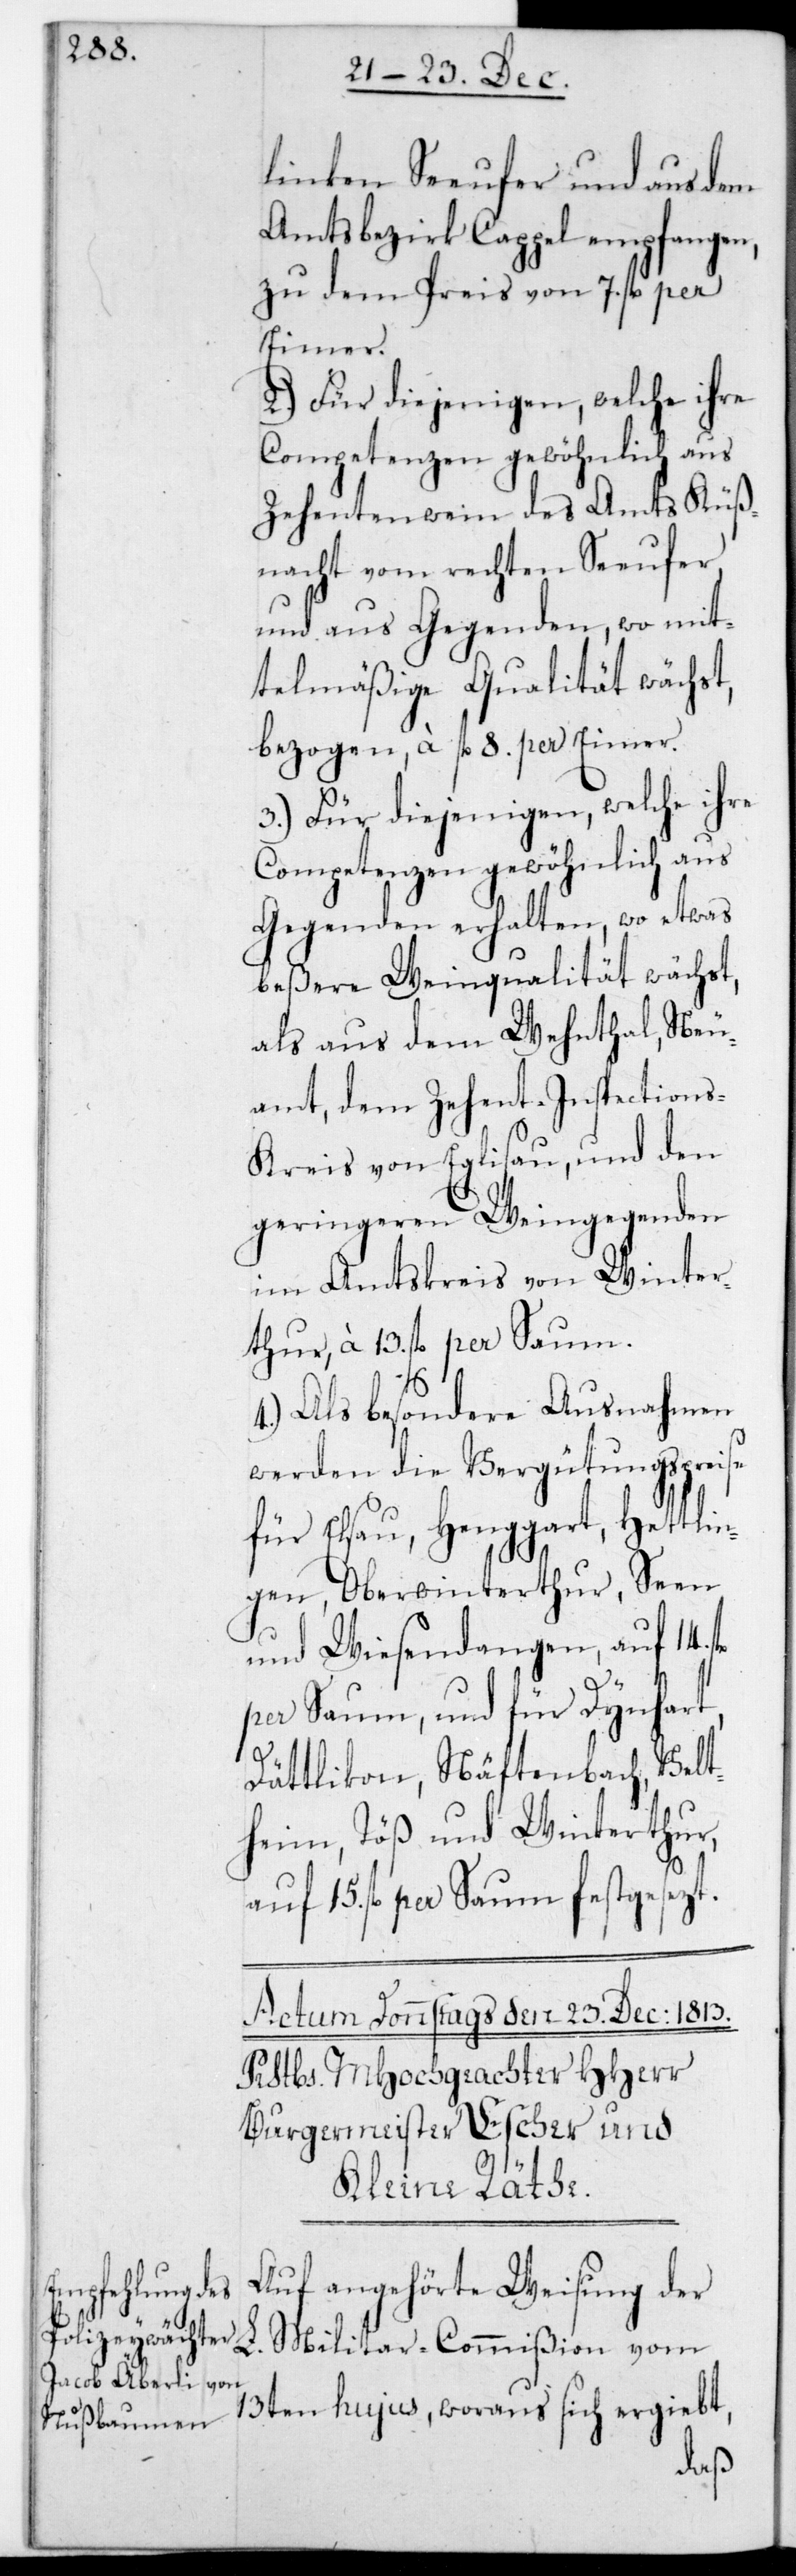
linken Seeufer und aus dem
Amtsbezirk Kappel empfangen,
zu dem Preis von 7. fl. per
Eimer.
2.) Für diejenigen, welche ihre
Competenzen gewöhnlich aus
Zehentwein des Amts Küß¬
nacht vom rechten Seeufer
und aus Gegenden, wo mit¬
telmäßige Qualität wächst,
bezogen à fl. 8. per Eimer.
3.) Für diejenigen, welche ihre
Competenzen gewöhnlich aus
Gegenden erhalten, wo etwas
beßere Weinqualität wächst,
als aus dem Wehntal, Neu¬
amt, dem Zehent-Inspections¬
kreis von Eglisau, und den
geringeren Weingegenden
im Amtskreis von Winter¬
thur, à 13. fl. per Saum.
4.) Als besondere Ausnahmen
werden die Vergütungspreise
für Elsau, Henggart, Hettlin¬
gen, Oberwinterthur, Seen
und Wiesendangen, auf 14 fl.
per Saum, und für Dinhard,
Dättlikon, Neftenbach, Velt¬
heim, Töß und Winterthur,
auf 15 fl. per Saum festgesetzt.
Auf angehörte Weisung der
L. Militar-Commißion vom
13ten hujus, woraus sich ergiebt,